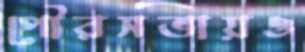
পৌরসভায়ও